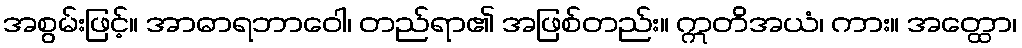
အစွမ်းဖြင့်။ အာဓာရဘာဝေါ၊ တည်ရာ၏ အဖြစ်တည်း။ ဣတိအယံ၊ ကား။ အတ္ထော၊